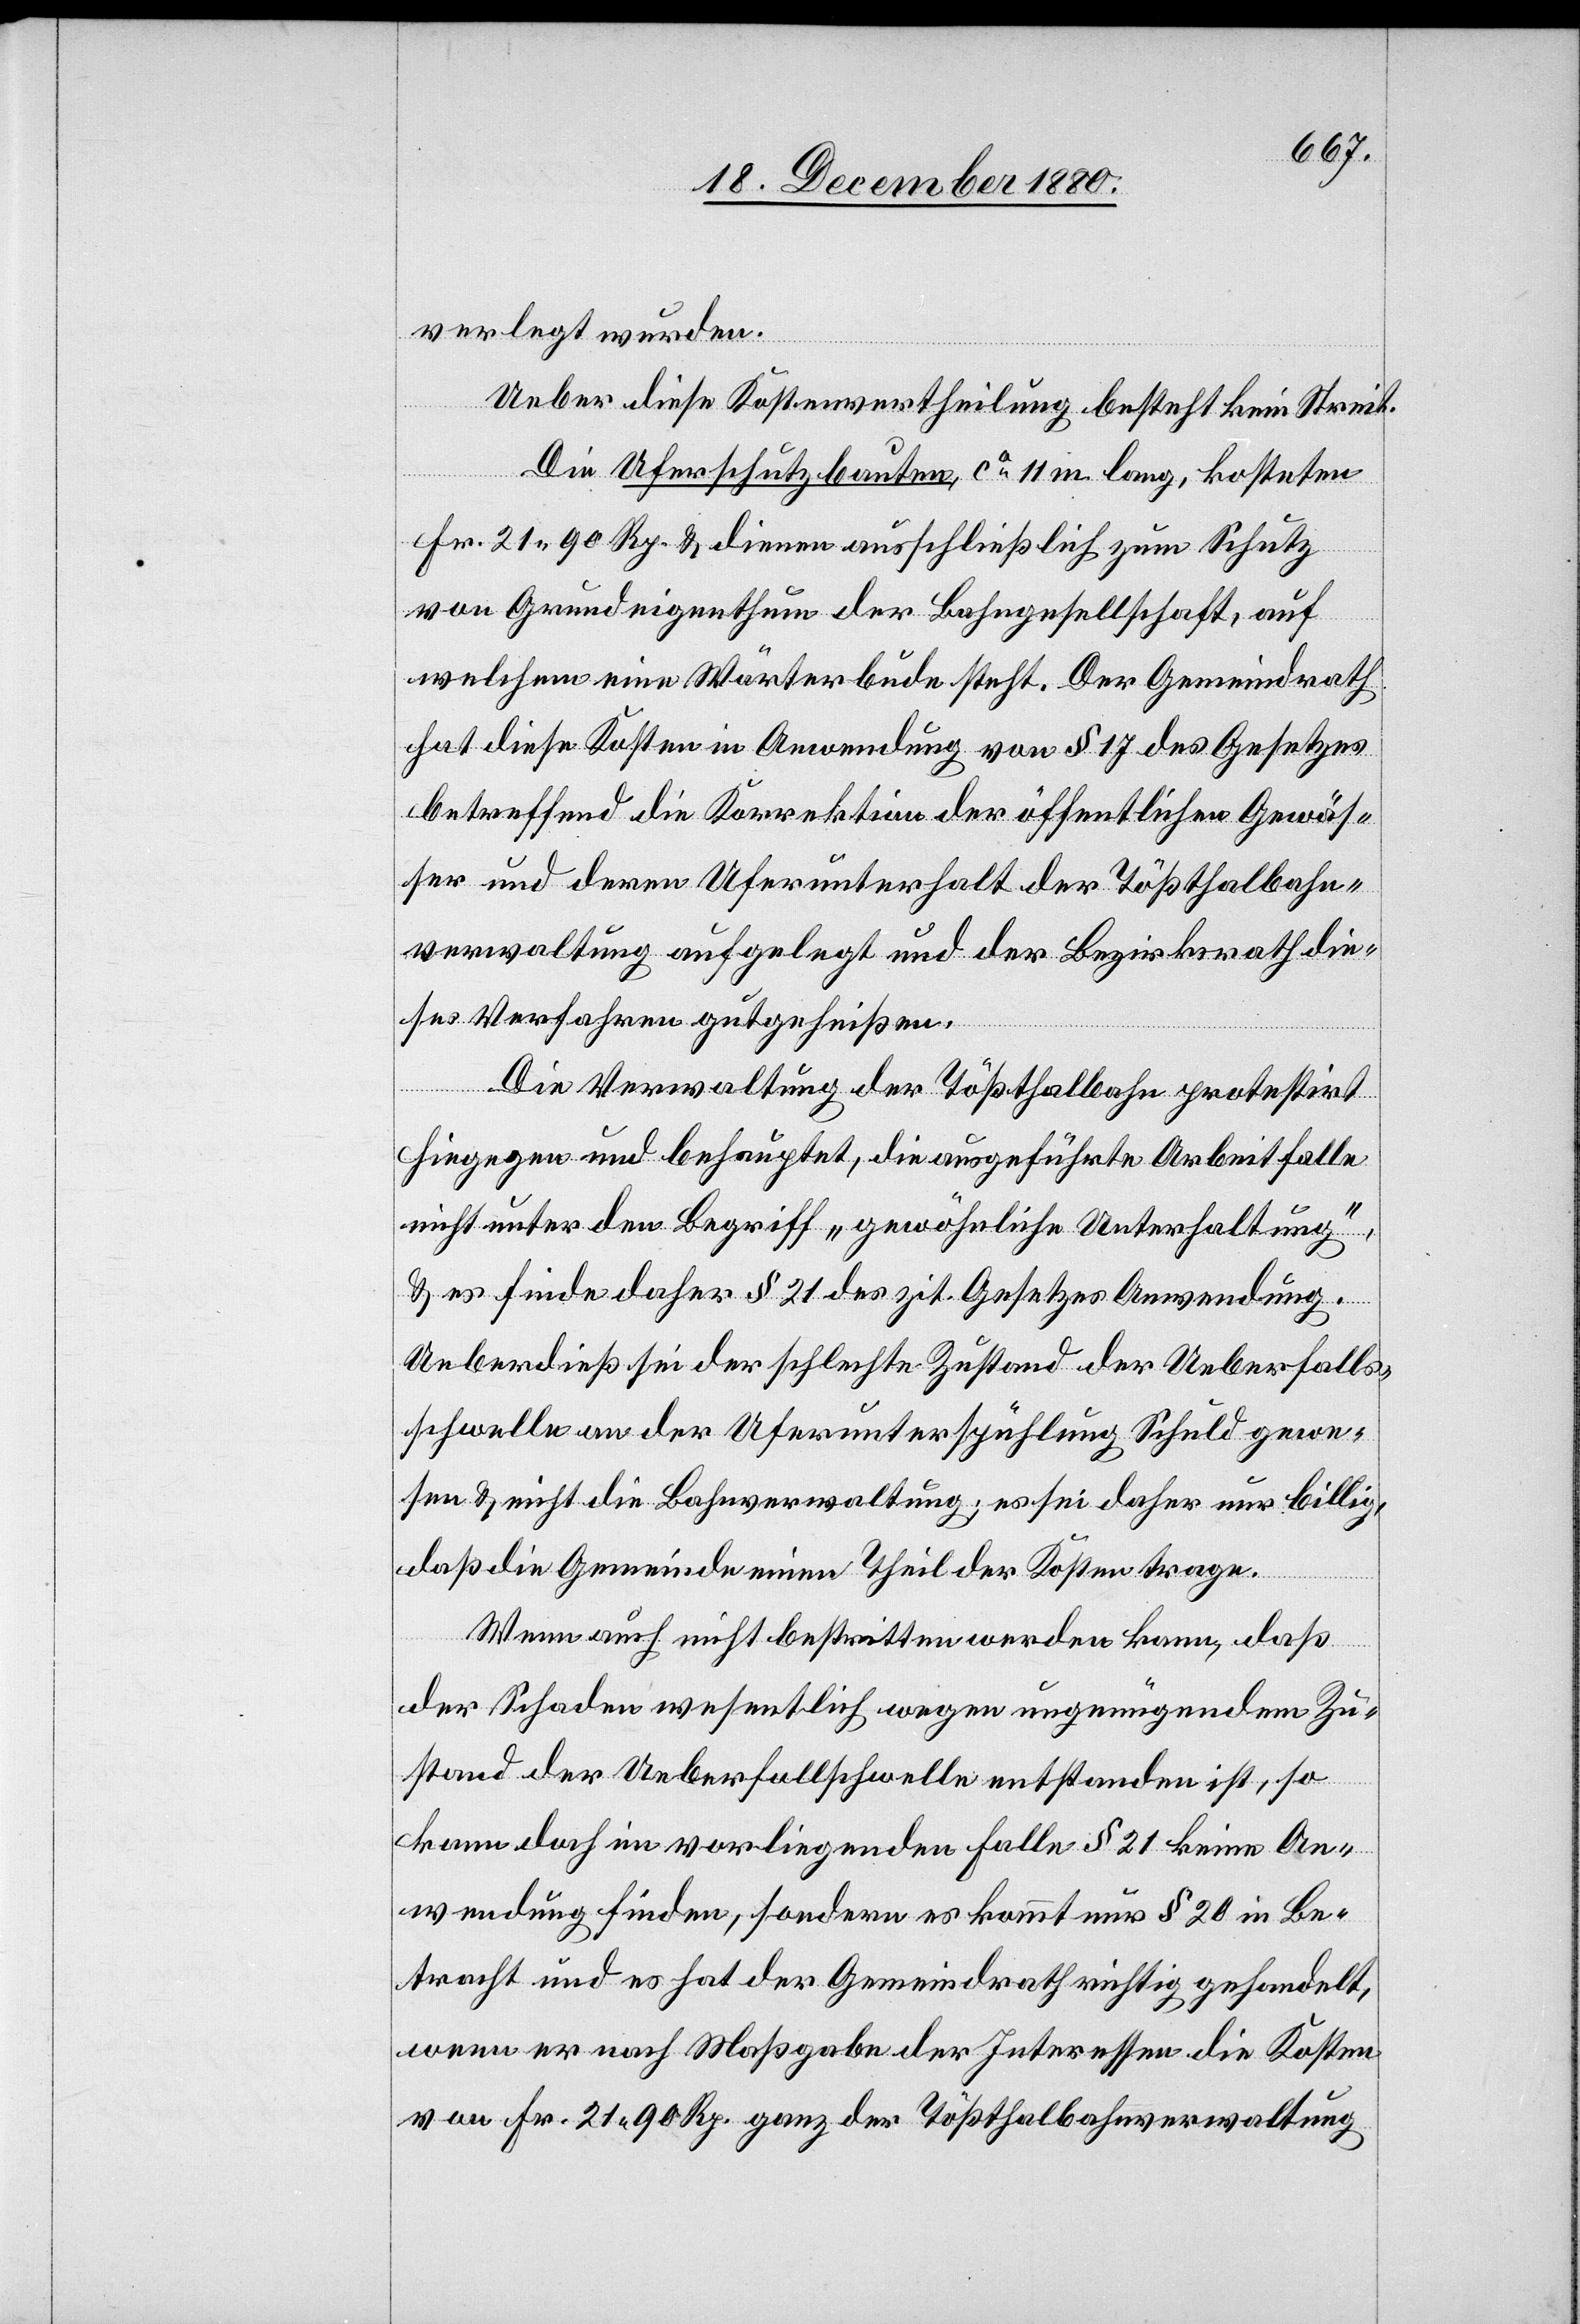
verlegt wurden.
Ueber diese Kostenvertheilung besteht kein Streit.
Die Uferschutzbauten, ca 11 m lang, kosteten
Fr. 21 90 Rp. & dienen ausschließlich zum Schutz
von Grundeigenthum der Bahngesellschaft, auf
welchem eine Wärterbude steht. Der Gemeindrath
hat diese Kosten in Anwendung von § 17 des Gesetzes
betreffend die Korrektion der öffentlichen Gewäs¬
ser und deren Uferunterhalt der Tößthalbahn¬
verwaltung aufgelegt und der Bezirksrath die¬
ses Verfahren gutgeheißen.
Die Verwaltung der Tößthalbahn protestirt
hiegegen und behauptet, die ausgeführte Arbeit falle
nicht unter den Begriff „gewöhnliche Unterhaltung“
& es finde daher § 21 des zit. Gesetzes Anwendung.
Ueberdieß sei der schlechte Zustand der Ueberfalls¬
schwelle an der Uferunterspühlung Schuld gewe¬
sen & nicht die Bahnverwaltung; es sei daher nur billig,
daß die Gemeinde einen Theil der Kosten trage.
Wenn auch nicht bestritten werden kann, daß
der Schaden wesentlich wegen ungenügendem Zu¬
stand der Ueberfallschwelle entstanden ist, so
kann doch im vorliegenden Falle § 21 keine An¬
wendung finden, sondern es kommt nur § 20 in Be¬
tracht und es hat der Gemeindrath richtig gehandelt,
wenn er nach Maßgabe der Interessen die Kosten
von Fr. 21 90 Rp. ganz der Tößthalbahnverwaltung